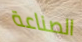
الصناعة